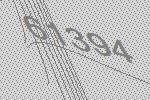
61394